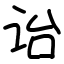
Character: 诒